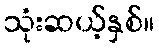
သုံးဆယ့်နှစ်။